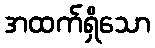
အထက်ရှိသော